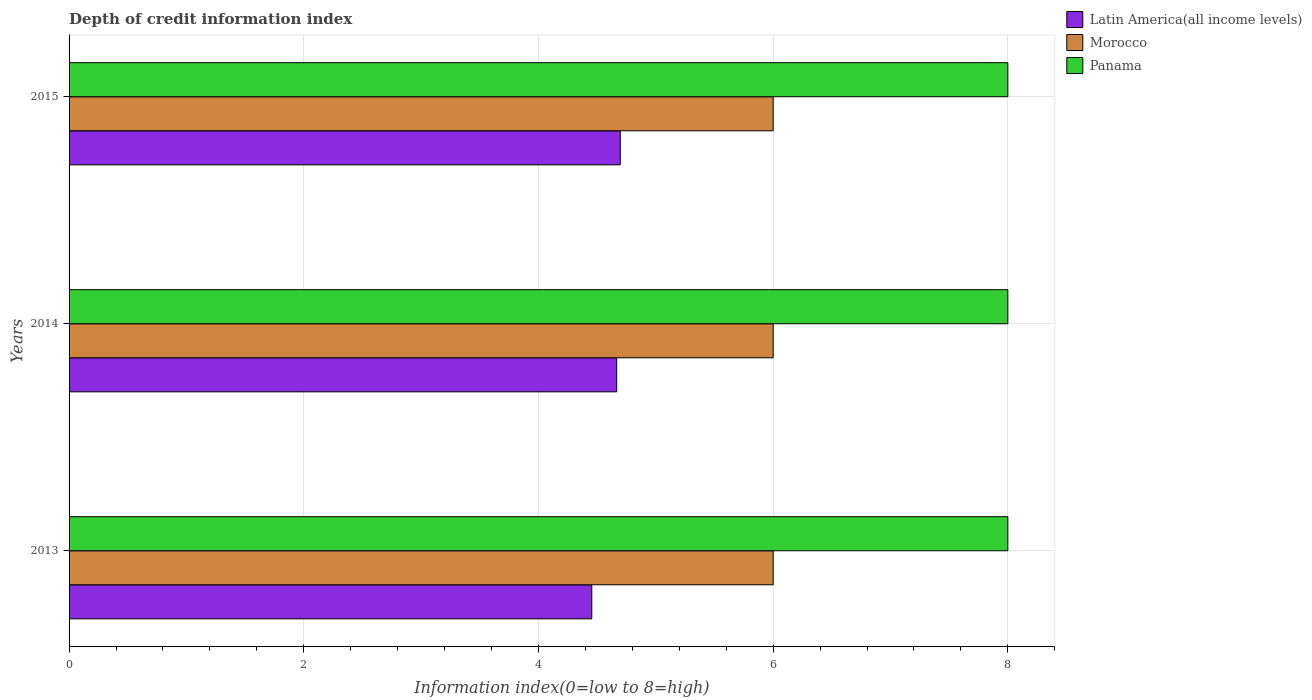
| Years | Latin America(all income levels) | Morocco | Panama |
 | --- | --- | --- | --- |
 | 2013 | 4.45 | 6 | 8 |
 | 2014 | 4.67 | 6 | 8 |
 | 2015 | 4.7 | 6 | 8 |